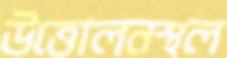
উত্তোলনস্থল